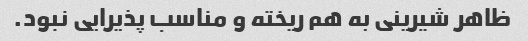
ظاهر شیرینی به هم ریخته و مناسب پذیرایی نبود.